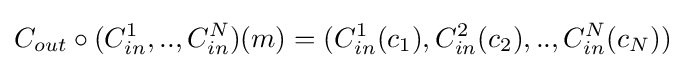
C_{out}\circ (C_{in}^{1},..,C_{in}^{N})(m)=(C_{in}^{1}(c_{1}),C_{in}^{2}(c_{2}),..,C_{in}^{N}(c_{N}))